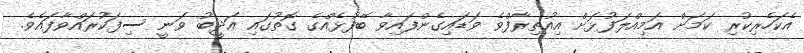
އެކަހެރިކުރި ކަމަށް އަމިއްލަފުޅަށް އިއުތިރާފްވެ ވަޑައިގެންފައިވާ ބޭފުޅެއްގެ ގޮތުގައި އަދީބު ވަނީ ސިފަކުރައްވާފައެވެ.